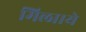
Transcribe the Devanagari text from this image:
मिला।ये